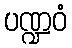
ပဏ္ဍဝံ